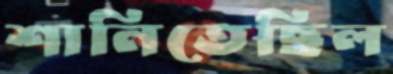
শানিতেছিল